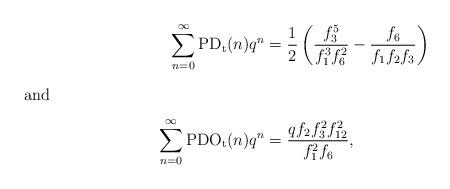
LaTeX: \begin{align*}\sum_{n=0}^{\infty}\textup{PD}_\textup{t}(n)q^n&=\dfrac{1}{2}\left(\dfrac{f_3^5}{f_1^3f_6^2}-\dfrac{f_6}{f_1f_2f_3}\right)\\\intertext{and}\sum_{n=0}^{\infty}\textup{PDO}_\textup{t}(n)q^n&=\dfrac{qf_2f_3^2f_{12}^2}{f_1^2f_6},\end{align*}